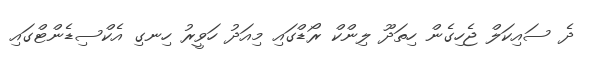
ދެ ސައިކަލް ޖެހިގެން ހިތަދޫ ލިންކް ރޯޑްގައި މިއަދު ހަވީރު ހިނގި އެކްސިޑެންޓްގައި